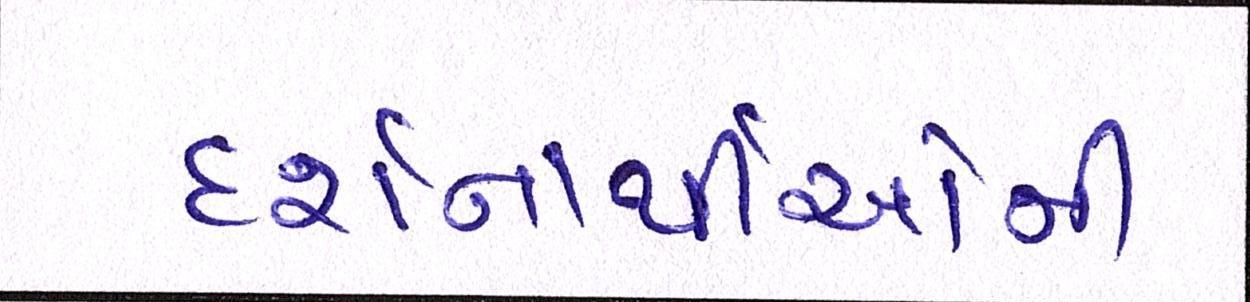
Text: દર્શનાર્થીઓની